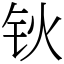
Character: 钬